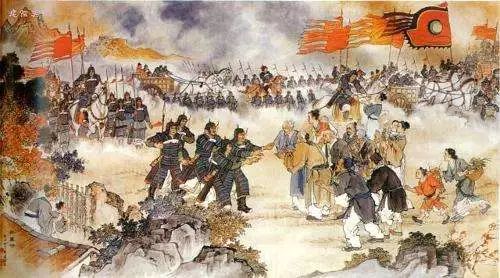
乃知兵者是凶器，圣人不得已而用之。